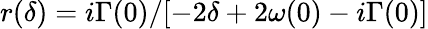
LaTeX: r(\delta)=i\Gamma(0)/[-2\delta+2\omega(0)-i\Gamma(0)]